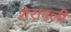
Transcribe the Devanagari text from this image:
शेरावली